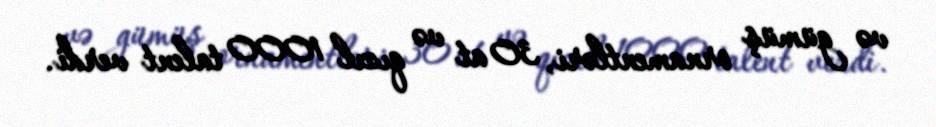
və gümüş ornamentləri, 30 at və qızıl 1000 talent verdi.